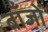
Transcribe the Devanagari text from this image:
बाँजों